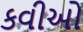
કવીઓ